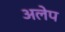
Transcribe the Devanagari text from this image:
अलेप